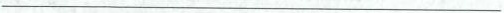
___